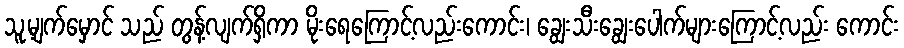
သူ့မျက်မှောင် သည် တွန့်လျက်ရှိကာ မိုးရေကြောင့်လည်းကောင်း၊ ချွေးသီးချွေးပေါက်များကြောင့်လည်း ကောင်း